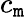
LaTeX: c_{\mathtt{m}}